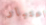
اعتبار